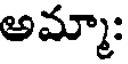
అమ్మా: